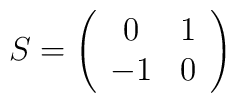
S=\left(  \begin{array}{cc}0 & 1 \\-1 & 0\\  \end{array}\right)